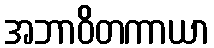
အဘာဝိတကာယာ